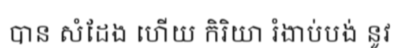
បាន សំដែង ហើយ កិរិយា រំងាប់បង់ នូវ